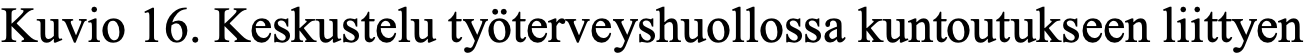
Kuvio 16. Keskustelu työterveyshuollossa kuntoutukseen liittyen